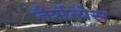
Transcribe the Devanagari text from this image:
नैर्ॠत्येस